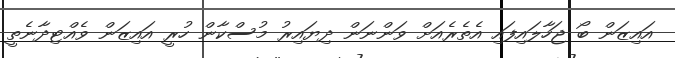
އައިޒަން ބޯ ޖަހާލައިފައި އެތެރެއަށް ވަންނަން ދިޔައިރު މުސްކާން ހުރީ އައިޒަން ވެއްޓިދާނެތީ